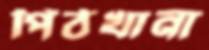
পিঠখানা